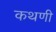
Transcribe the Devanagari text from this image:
कथणी